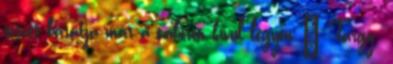
összes barátja már a táboron kívül legyen ₰ Tárgy: